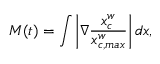
M ( t ) = \int \left\lvert \nabla \frac { x _ { c } ^ { w } } { x _ { c , m a x } ^ { w } } \right\rvert d x ,